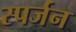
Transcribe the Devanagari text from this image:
स्पर्जन